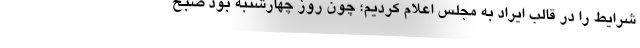
شرایط را در قالب ایراد به مجلس اعلام کردیم؛ چون روز چهارشنبه بود صبح